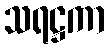
သရဋ္ဌကာ